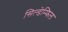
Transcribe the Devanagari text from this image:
सिल्डेन्फिल